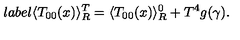
l a b e l { } \langle T _ { 0 0 } ( x ) \rangle _ { R } ^ { T } = \langle T _ { 0 0 } ( x ) \rangle _ { R } ^ { 0 } + T ^ { 4 } g ( \gamma ) .